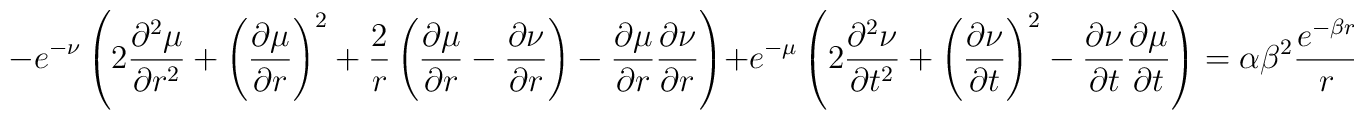
-e^{-\nu}\left(2\frac{\partial^2\mu}{\partial r^2}+\left(\frac{\partial\mu}{\partial r}\right)^2+\frac{2}{r}\left(\frac{\partial\mu}{\partial r}-\frac{\partial\nu}{\partial r}\right)-\frac{\partial\mu}{\partial r}\frac{\partial\nu}{\partial r}\right) +e^{-\mu}\left(2\frac{\partial^2\nu}{\partial t^2}+\left(\frac{\partial\nu}{\partial t}\right)^2-\frac{\partial\nu}{\partial t}\frac{\partial\mu}{\partial t}\right)=\alpha\beta^2\frac{e^{-\beta r}}{r}.